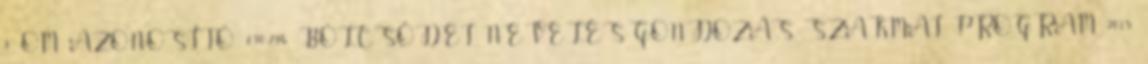
3 OM AZONOSÍTÓ: 030-796 BÖLCSŐDEI NEVELÉS-GONDOZÁS SZAKMAI PROGRAM 2015